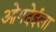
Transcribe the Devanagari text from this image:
ओगदेईला